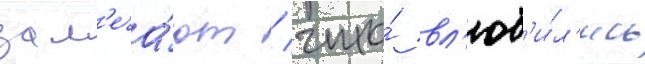
зам'еча́ют / что́ вл'юб'и́л'ись